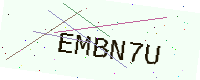
Text: EMBN7U